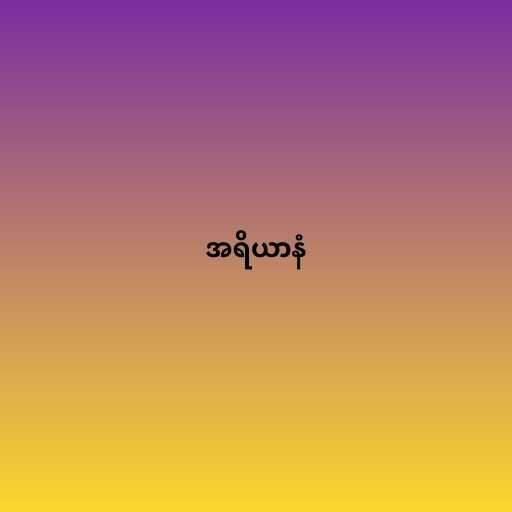
အရိယာနံ